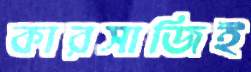
কারসাজিই